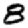
Digit: 8